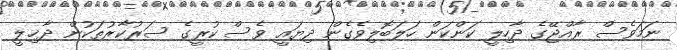
ނަމަވެސް ރާއްޖޭގެ ދާހިލީ ކަންކަން ހަލަބޮލިވެގެން ދިޔައީ ވެސް ކުރީގެ ސަރުކާރުތަކުން ދާޚިލީ